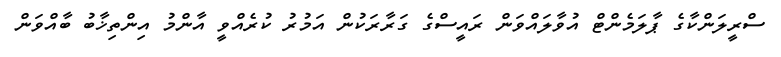
ސްރީލަންކާގެ ޕާލަމެންޓް އުވާލައްވަން ރައީސްގެ ގަރާރަކުން އަމުރު ކުރެއްވީ އާންމު އިންތިޚާބު ބާއްވަން